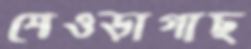
শেওড়াগাছ